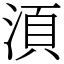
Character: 湏